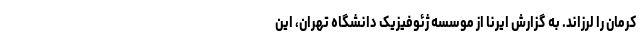
کرمان را لرزاند. به گزارش ایرنا از موسسه ژئوفیزیک دانشگاه تهران، این